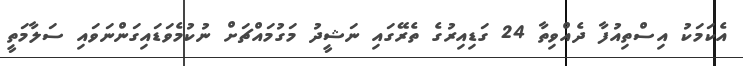
އެކަމަކު އިސްތިއުފާ ދެއްވިތާ 24 ގަޑިއިރުގެ ތެރޭގައި ނަޝީދު މަގުމައްޗަށް ނުކުމެވަޑައިގަންނަވައި ސަލާމަތީ